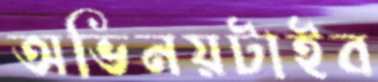
অভিনয়টাইব